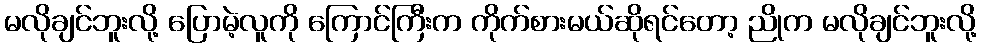
မလိုချင်ဘူးလို့ ပြောမဲ့လူကို ကြောင်ကြီးက ကိုက်စားမယ်ဆိုရင်တော့ ညိုက မလိုချင်ဘူးလို့